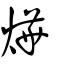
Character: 爗